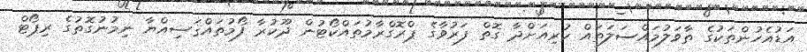
އަޑުއެހުންތަކުގެ ތާވަލުމައްސަލަތައް ކުރިއަށްދާ ގޮތް ފަރުވާގެ ޕްރޮގްރާމުތައްކޯޓުން ދޫކުރާ ފޯމުތައްޤަޟިއްޔާ ނިމުނުގޮތުގެ ރިޕޯޓް